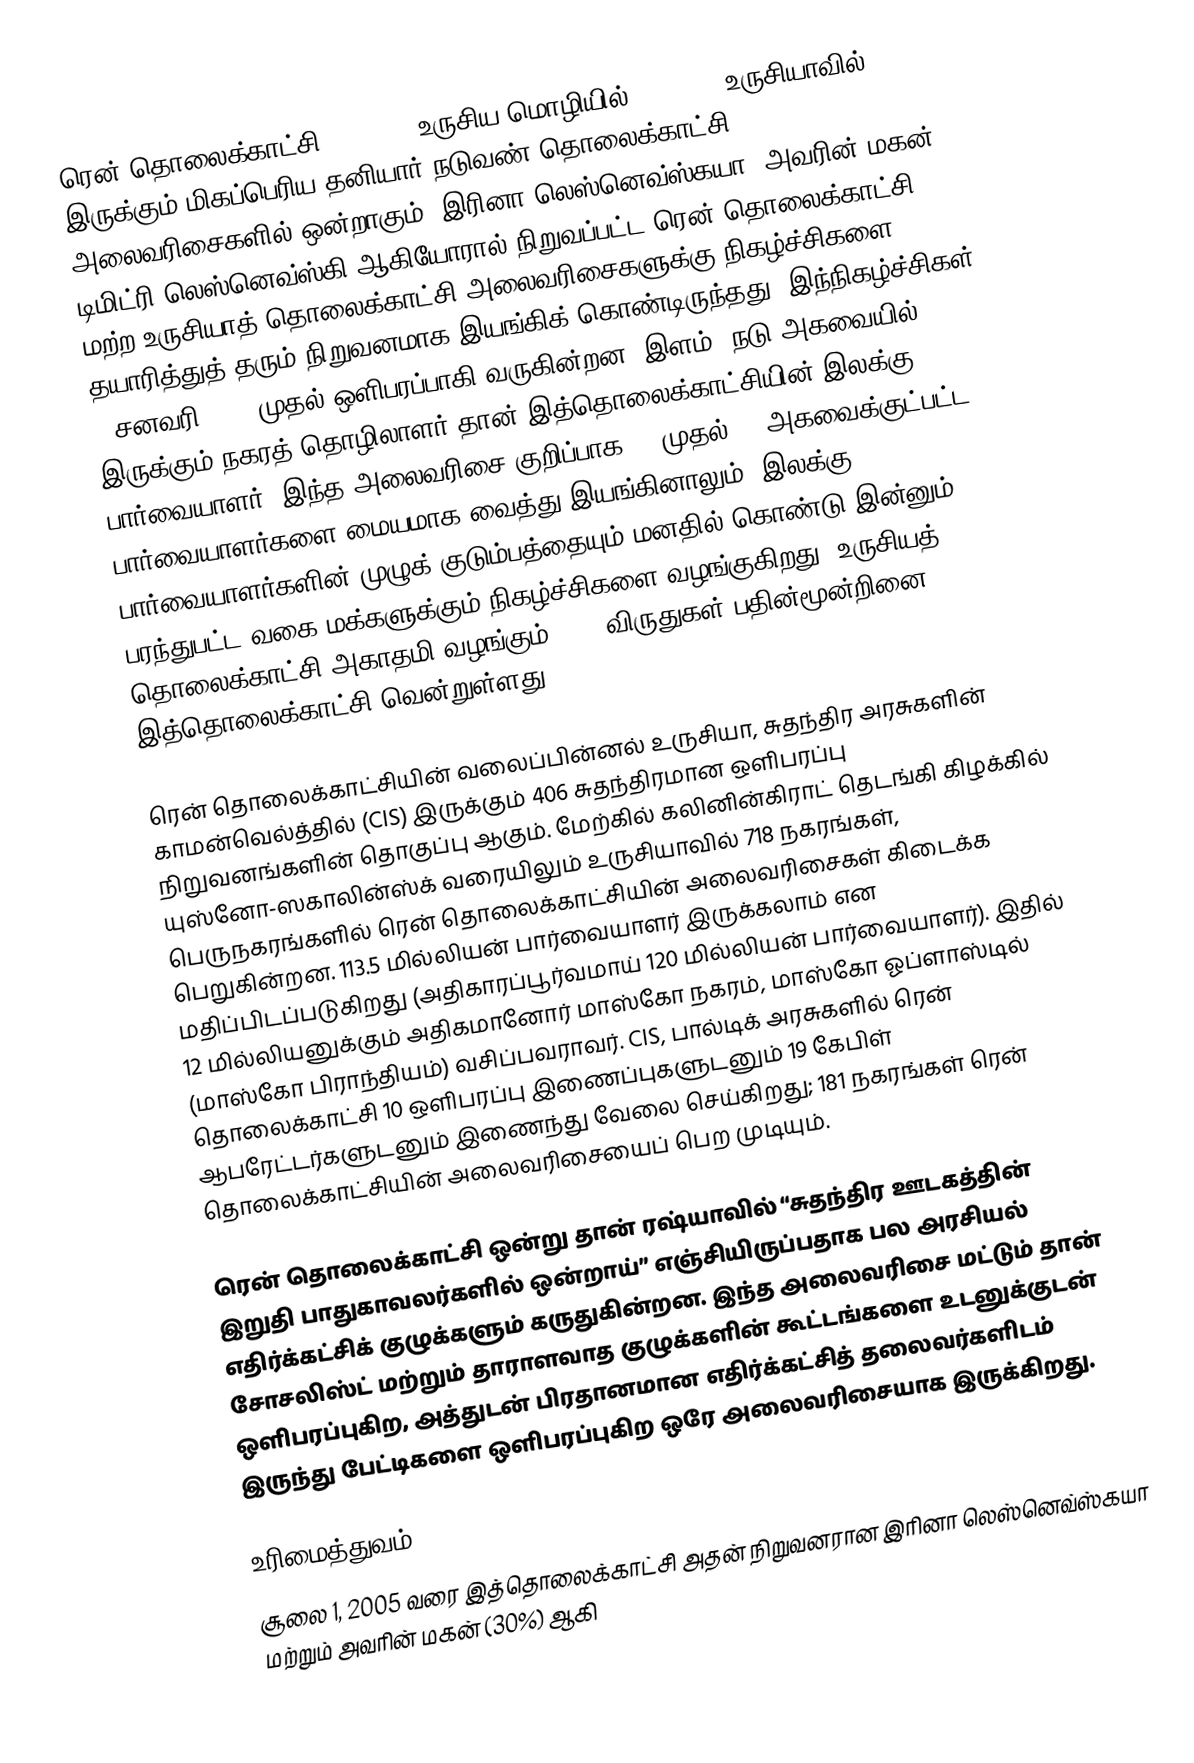
ரென் தொலைக்காட்சி (REN TV, உருசிய மொழியில்: РЕН ТВ) உருசியாவில் இருக்கும் மிகப்பெரிய தனியார் நடுவண் தொலைக்காட்சி அலைவரிசைகளில் ஒன்றாகும்.  இரினா லெஸ்னெவ்ஸ்கயா, அவரின் மகன் டிமிட்ரி லெஸ்னெவ்ஸ்கி ஆகியோரால் நிறுவப்பட்ட ரென் தொலைக்காட்சி மற்ற உருசியாத் தொலைக்காட்சி அலைவரிசைகளுக்கு நிகழ்ச்சிகளை தயாரித்துத் தரும் நிறுவனமாக இயங்கிக் கொண்டிருந்தது. இந்நிகழ்ச்சிகள் 1 சனவரி 1997 முதல் ஒளிபரப்பாகி வருகின்றன.  இளம், நடு அகவையில் இருக்கும் நகரத் தொழிலாளர் தான் இத்தொலைக்காட்சியின் இலக்கு பார்வையாளர்.  இந்த அலைவரிசை குறிப்பாக 18 முதல் 45 அகவைக்குட்பட்ட பார்வையாளர்களை மையமாக வைத்து இயங்கினாலும், இலக்கு பார்வையாளர்களின் முழுக் குடும்பத்தையும் மனதில் கொண்டு இன்னும் பரந்துபட்ட வகை மக்களுக்கும் நிகழ்ச்சிகளை வழங்குகிறது.  உருசியத் தொலைக்காட்சி அகாதமி வழங்கும் TEFI விருதுகள் பதின்மூன்றினை இத்தொலைக்காட்சி வென்றுள்ளது.

ரென் தொலைக்காட்சியின் வலைப்பின்னல் உருசியா, சுதந்திர அரசுகளின் காமன்வெல்த்தில் (CIS) இருக்கும் 406 சுதந்திரமான ஒளிபரப்பு நிறுவனங்களின் தொகுப்பு ஆகும். மேற்கில் கலினின்கிராட் தெடங்கி கிழக்கில் யுஸ்னோ-ஸகாலின்ஸ்க் வரையிலும் உருசியாவில் 718 நகரங்கள், பெருநகரங்களில் ரென் தொலைக்காட்சியின் அலைவரிசைகள் கிடைக்க பெறுகின்றன. 113.5 மில்லியன் பார்வையாளர் இருக்கலாம் என மதிப்பிடப்படுகிறது (அதிகாரப்பூர்வமாய் 120 மில்லியன் பார்வையாளர்). இதில் 12 மில்லியனுக்கும் அதிகமானோர் மாஸ்கோ நகரம், மாஸ்கோ ஓப்ளாஸ்டில் (மாஸ்கோ பிராந்தியம்) வசிப்பவராவர். CIS, பால்டிக் அரசுகளில் ரென் தொலைக்காட்சி 10 ஒளிபரப்பு இணைப்புகளுடனும் 19 கேபிள் ஆபரேட்டர்களுடனும் இணைந்து வேலை செய்கிறது; 181 நகரங்கள் ரென் தொலைக்காட்சியின் அலைவரிசையைப் பெற முடியும்.

ரென் தொலைக்காட்சி ஒன்று தான் ரஷ்யாவில் “சுதந்திர ஊடகத்தின் இறுதி பாதுகாவலர்களில் ஒன்றாய்” எஞ்சியிருப்பதாக பல அரசியல் எதிர்க்கட்சிக் குழுக்களும் கருதுகின்றன. இந்த அலைவரிசை மட்டும் தான் சோசலிஸ்ட் மற்றும் தாராளவாத குழுக்களின் கூட்டங்களை உடனுக்குடன் ஒளிபரப்புகிற, அத்துடன் பிரதானமான எதிர்க்கட்சித் தலைவர்களிடம் இருந்து பேட்டிகளை ஒளிபரப்புகிற ஒரே அலைவரிசையாக இருக்கிறது.

உரிமைத்துவம்
சூலை 1, 2005 வரை இத்தொலைக்காட்சி அதன் நிறுவனரான இரினா லெஸ்னெவ்ஸ்கயா மற்றும் அவரின் மகன் (30%) ஆகி